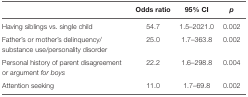
|  | Odds ratio | 95% CI | p |
 | --- | --- | --- | --- |
 | Having siblings vs. single child | 54.7 | 1.5–2021.0 | 0.002 |
 | Father’s or mother’s delinquency/substance use/personality disorder | 25.0 | 1.7–363.8 | 0.002 |
 | Personal history of parent disagreement or argument for boys | 22.2 | 1.6–298.8 | 0.004 |
 | Attention seeking | 11.0 | 1.7–69.8 | 0.002 |